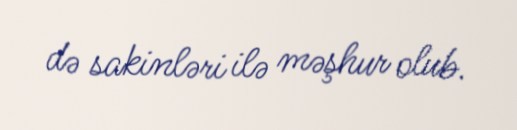
də sakinləri ilə məşhur olub.